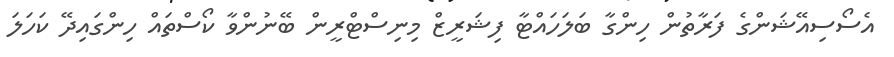
އެސޯސިއޭޝަންގެ ފަރާތުން ހިންގާ ބަލަހައްޓާ ފިޝަރީޒް މިނިސްޓްރީން ބޭނުންވާ ކޯސްތައް ހިންގައިދޭ ކަހަލަ